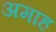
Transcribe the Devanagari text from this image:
अमाह